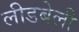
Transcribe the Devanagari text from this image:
लीडबेली